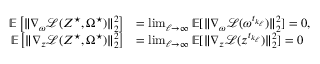
\begin{array} { r l } { \mathbb { E } \left[ \| \nabla _ { \omega } \mathcal { L } ( Z ^ { \star } , \Omega ^ { \star } ) \| _ { 2 } ^ { 2 } \right] } & { = \operatorname* { l i m } _ { \ell \rightarrow \infty } \mathbb { E } [ \| \nabla _ { \omega } \mathcal { L } ( \omega ^ { t _ { k _ { \ell } } } ) \| _ { 2 } ^ { 2 } ] = 0 , } \\ { \mathbb { E } \left[ \| \nabla _ { z } \mathcal { L } ( Z ^ { \star } , \Omega ^ { \star } ) \| _ { 2 } ^ { 2 } \right] } & { = \operatorname* { l i m } _ { \ell \rightarrow \infty } \mathbb { E } [ \| \nabla _ { z } \mathcal { L } ( z ^ { t _ { k _ { \ell } } } ) \| _ { 2 } ^ { 2 } ] = 0 } \end{array}